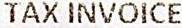
TAX INVOICE